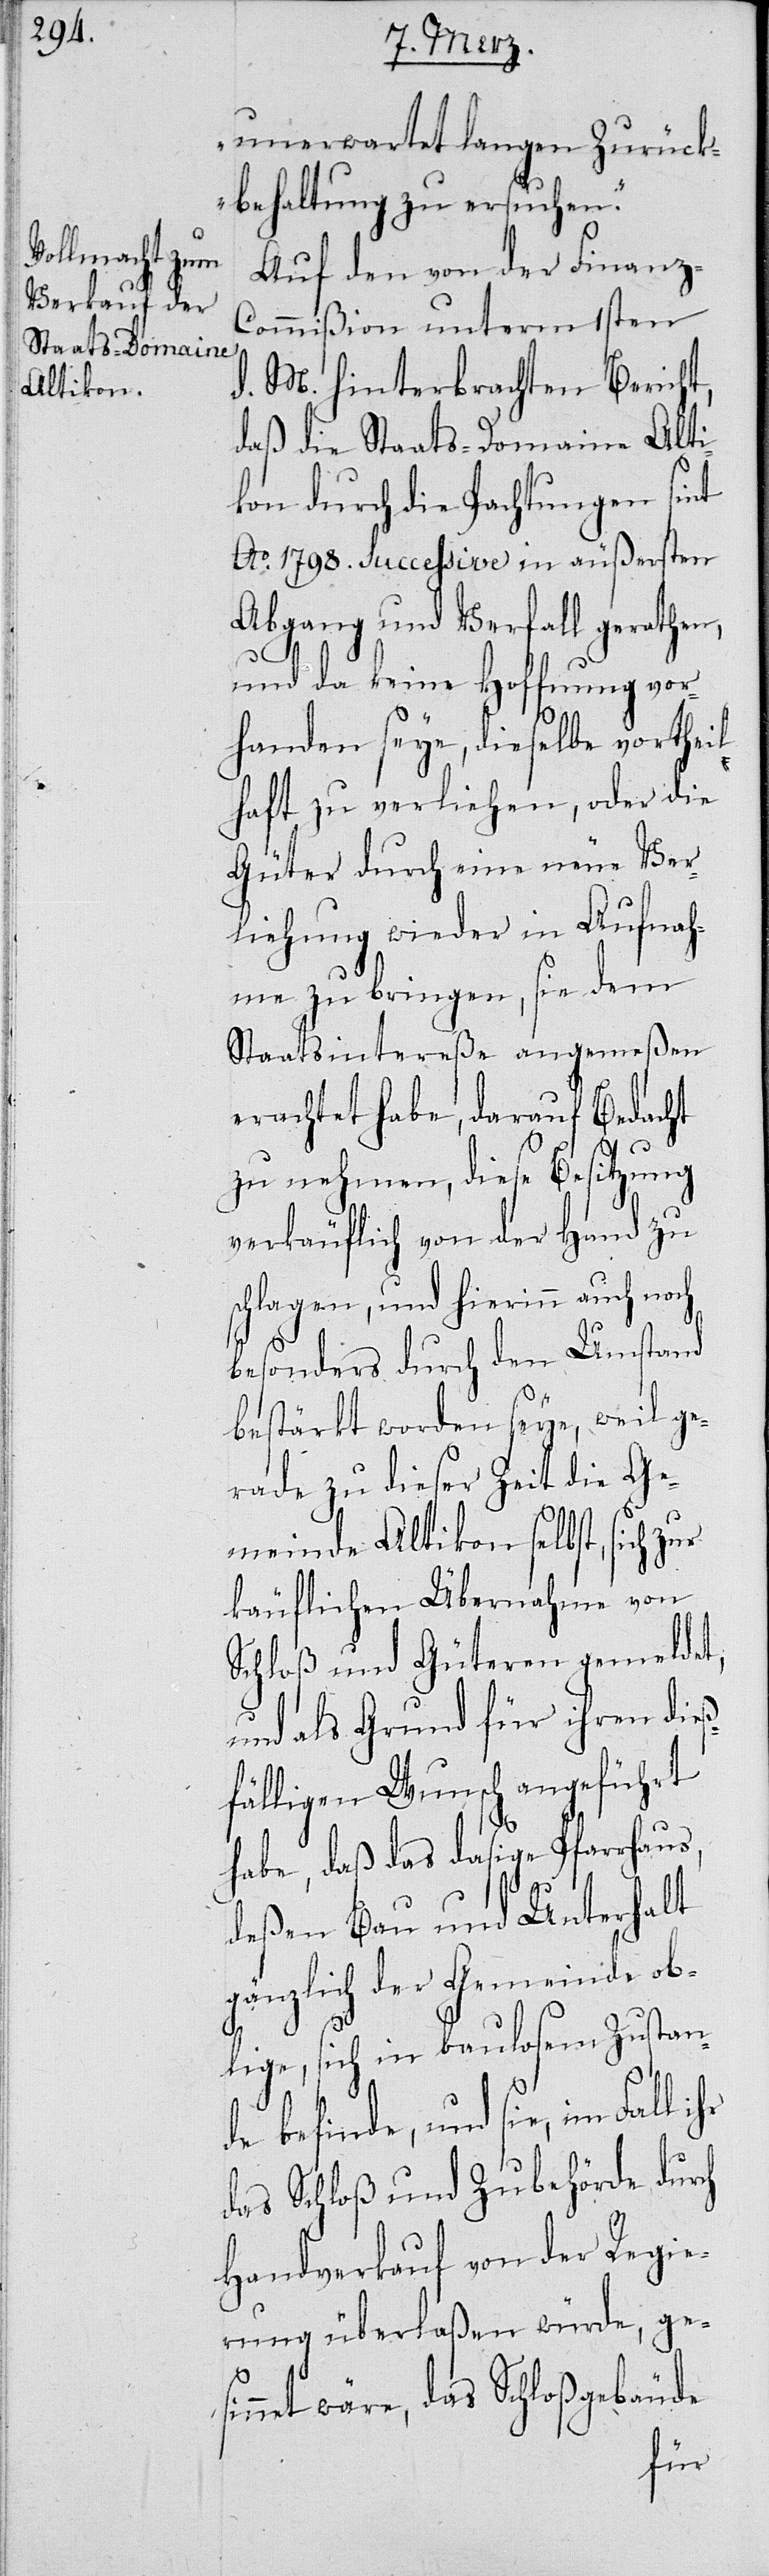
unerwartet langen Zurück¬
behaltung zu ersuchen.“
Auf den von der Finanz-C¬
ommißion unterm 1sten
d. M. hinterbrachten Bericht,
daß die Staats-Domaine Alti¬
kon durch die Pachtungen sint
Ao. 1798. successive in äußersten
Abgang und Verfall gerathen,
und da keine Hoffnung vor¬
handen seye, dieselbe vortei¬
lhaft zu verliehen, oder die
Güter durch eine neue Ver¬
liehung wieder in Aufnah¬
me zu bringen, sie dem
Staatsintereße angemeßen
erachtet habe, darauf Bedacht
zu nehmen, diese Besitzung
verkäuflich von der Hand zu
schlagen, und hierinn auch noch
besonders durch den Umstand
bestärkt worden seye, weil ge¬
rade zu dieser Zeit die Ge¬
meinde Altikon selbst, sich zur
käuflichen Übernahme von
Schloß und Güteren gemeldet,
und als Grund für ihren dieß¬
fälligen Wunsch angeführt
habe, daß das dasige Pfarrhaus,
deßen Bau und Unterhalt
gänzlich der Gemeinde ob¬
lige, sich in baulosem Zustan¬
de befinde, und sie, im Fall ihr
das Schloß und Zubehörde durch
Handverkauf von der Regie¬
rung überlaßen würde, ge¬
sinnet wäre, das Schloßgebäude